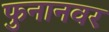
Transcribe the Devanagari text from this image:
फुनानवर